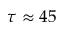
\tau \approx 4 5